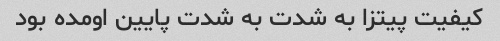
کیفیت پیتزا به شدت به شدت پایین اومده بود